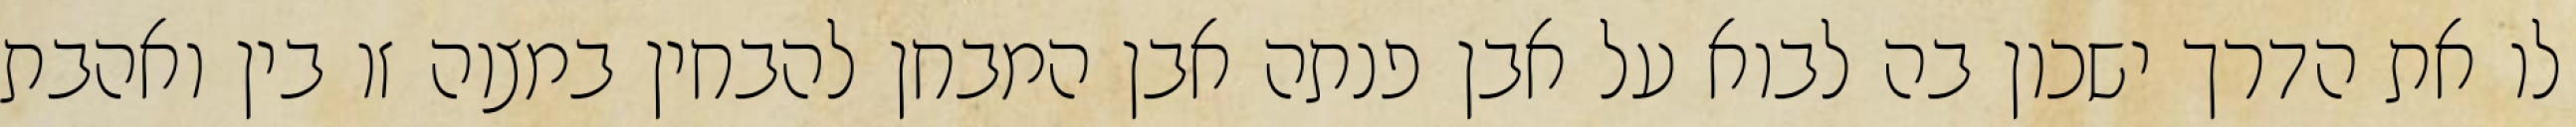
לו את הדרך ישכון בה לבוא על אבן פנתה אבן המבחן להבחין במצוה זו בין ואהבת